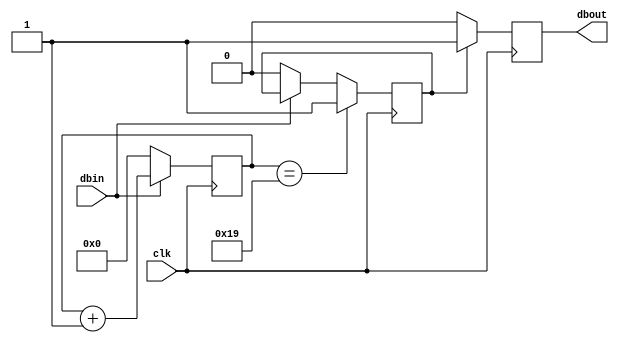
`timescale 1ns / 1ps
//////////////////////////////////////////////////////////////////////////////////
// Company: 
// Engineer: 
// 
// Design Name: 
// Module Name: debounce3
// Project Name: 
// Target Devices: 
// Tool Versions: 
// Description: 
// 
// Dependencies: 
// 
// Revision:
// Revision 0.01 - File Created
// Additional Comments:
// 
//////////////////////////////////////////////////////////////////////////////////


module debounce3(
    input dbin,
    input clk,
    output reg dbout
    );
    
    reg [0:7] dbcounter = 0;
    reg test1 = 0;

    always @ (posedge clk) begin
     if (dbin == 1) begin
       dbcounter <= dbcounter + 1;
      end else begin
       dbcounter <= 0;
       test1 <= 0;
      end
      if (dbcounter == 25) begin
      test1 <= 1;
      end
      if (test1 == 1) begin
       dbout <= 1;
      end else begin
       dbout = 0;
      end
     end
    
endmodule